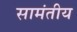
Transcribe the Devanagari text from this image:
सामंतीय